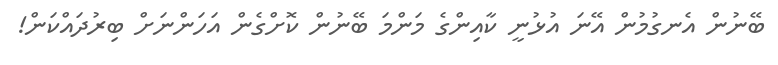
ބޭނުން އެނގުމުން އޭނަ އުޅުނީ ކާއިންގެ މަންމަ ބޭނުން ކޮށްގެން އަހަންނަށް ބިރުދައްކަން!